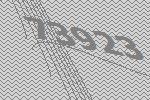
73923